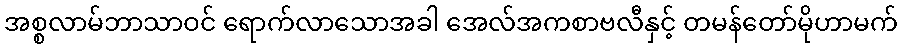
အစ္စလာမ်ဘာသာဝင် ရောက်လာသောအခါ အေလ်အကစာဗလီနှင့် တမန်တော်မိုဟာမက်